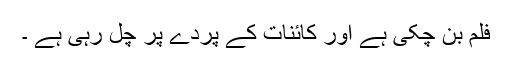
فلم بن چکی ہے اور کائنات کے پردے پر چل رہی ہے ۔